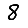
Digit: 8